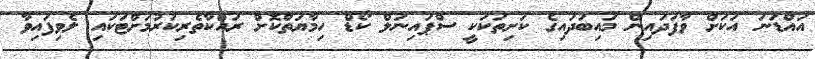
އައްޑަނަ އަކަށް ވާފަދައިން މައިބަދައިގެ ކަށިތަކަކީ ސްޕައިނަލް ކޯޑް ހިމާޔަތްކޮށް ރައްކާތެރިކުރުމަށްޓަކައި ލެވިފައިވާ